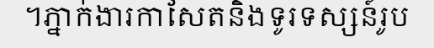
។ភ្នាក់ងារកាសែតនិងទូរទស្សន៍រូប